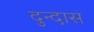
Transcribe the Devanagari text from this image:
दुन्दास